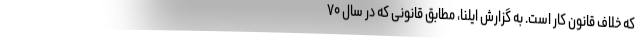
که خلاف قانون کار است. به گزارش ایلنا، مطابق قانونی که در سال ۷۰